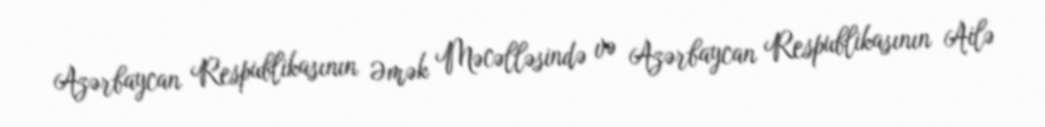
Azərbaycan Respublikasının Əmək Məcəlləsində və Azərbaycan Respublikasının Ailə